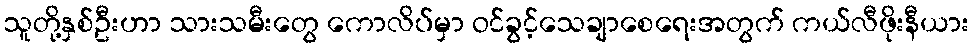
သူတို့နှစ်ဦးဟာ သားသမီးတွေ ကောလိပ်မှာ ဝင်ခွင့်သေချာစေရေးအတွက် ကယ်လီဖိုးနီယား